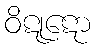
ဝိဋုဋော